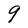
Character: g